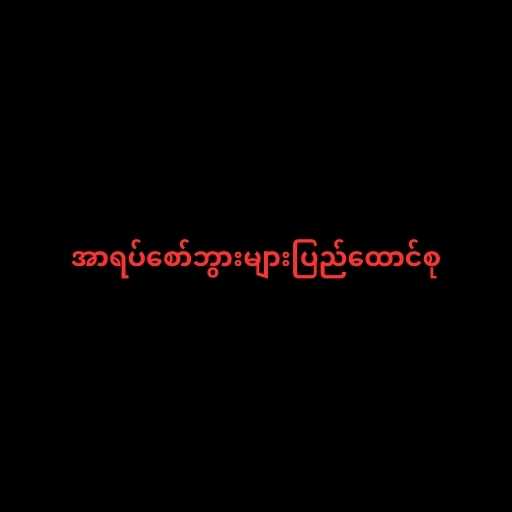
အာရပ်စော်ဘွားများပြည်ထောင်စု